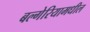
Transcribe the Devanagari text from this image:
बल्गेरियामधील